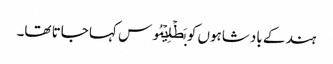
ہند کے بادشاہوں کو بَطۡلِیۡمُوس کہا جاتا تھا۔